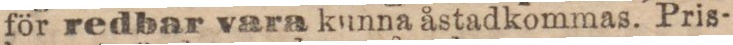
för redbar vara kunna åstadkommas. Pris-